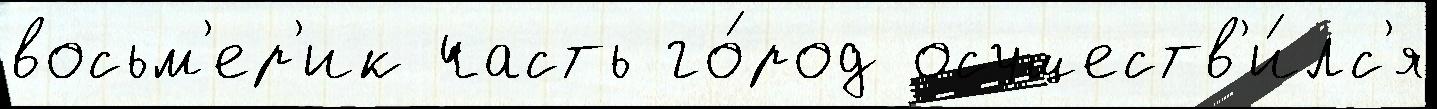
восьм'ер'ик часть го́род осуществ'и́лс'я